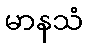
မာနသံ